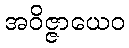
အဝိဇ္ဇာယေဝ